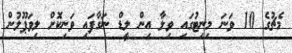
މެޗުގެ 10 ވަނަ މިނިޓުގައި ވިލާ އިން ލީޑް ނަގާފައި ވަނިކޮށް ލިވަޕޫލުން